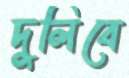
দুলিবে